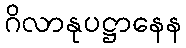
ဂိလာနုပဋ္ဌာနေန